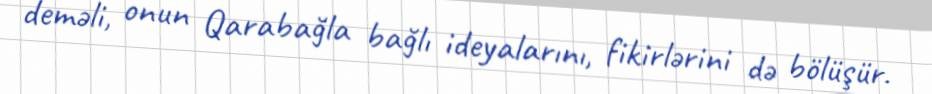
deməli, onun Qarabağla bağlı ideyalarını, fikirlərini də bölüşür.